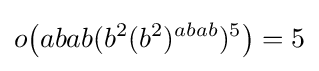
o{\bigl (}abab(b^{2}(b^{2})^{abab})^{5}{\bigr )}=5